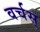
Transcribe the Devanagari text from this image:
वर्चस्